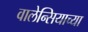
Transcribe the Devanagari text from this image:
वालेन्सियाच्या